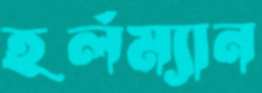
হর্লম্যান